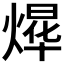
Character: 𮳴